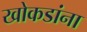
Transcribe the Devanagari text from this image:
खोकडांना